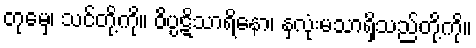
တုမှေ၊ သင်တို့ကို။ ဝိပ္ပဋိသာရိနော၊ နှလုံးမသာရှိသည်တို့ကို။